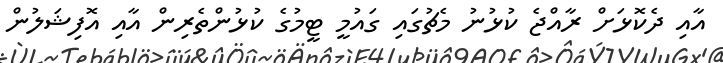
އާއި ދެކޮޅަށް ރާއްޖެ ކުޅުނު މެޗުގައި ގައުމީ ޓީމުގެ ކުޅުންތެރިން އާއި އޮފިޝަލުން